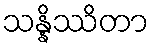
သန္နိဿိတာ